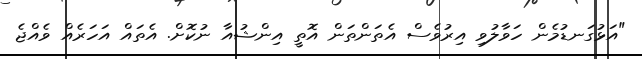
"އަޅުގަނޑުމެން ހަވާލުވި އިރުވެސް އެތަންތަން އޮތީ އިންޝުއާ ނުކޮށް. އެތައް އަހަރެއް ވެއްޖެ